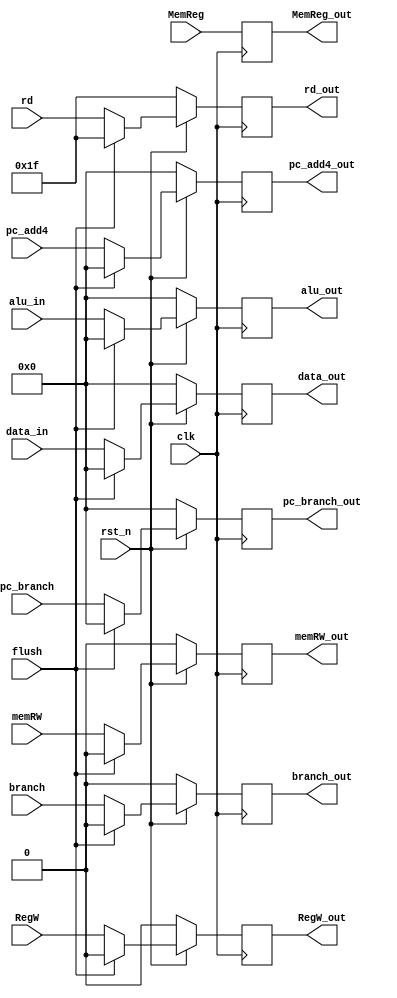
module EX_to_MEM (input clk, rst_n,flush,
                  input [31:0] pc_branch, pc_add4, //calculated pc for branch instruction
                  input [31:0] data_in, // data for store_word instruction
                  input [31:0] alu_in, //result from alu
                  input [4:0] rd,
                  input branch, memRW,
                  input RegW, 
                  input [1:0] MemReg,
                  
                  output reg branch_out, memRW_out,
                  output reg RegW_out, 
                  output reg [1:0] MemReg_out,
                  output reg [4:0] rd_out,
                  output reg [31:0] pc_branch_out, pc_add4_out, //pc of label
                  output reg [31:0] alu_out, //addr for DMEM
                  output reg [31:0] data_out); //data store in DMEM
                  
always @(posedge clk) begin
  if (!rst_n) begin
    branch_out <= 1'b0;
    memRW_out <= 1'b0;
    RegW_out <= 1'b0;
    MemReg_out <= MemReg;
    rd_out <= 5'b11111;
    pc_branch_out <= 32'h00000000;
    pc_add4_out <= 32'h00000000;
    alu_out <= 32'h00000000;
    data_out <= 32'h00000000;
  end 
  else if (flush) begin
     branch_out <= 1'b0;
    memRW_out <= 1'b0;
    RegW_out <= 1'b0;
    MemReg_out <= MemReg;
    rd_out <= 5'b11111;
    pc_branch_out <= 32'h00000000;
    pc_add4_out <= 32'h00000000;
    alu_out <= 32'h00000000;
    data_out <= 32'h00000000;
  end
  else begin
    branch_out <= branch;
    memRW_out <= memRW;
    RegW_out <= RegW;
    MemReg_out <= MemReg;
    rd_out <= rd;
    pc_branch_out <= pc_branch;
    pc_add4_out <= pc_add4;
    alu_out <= alu_in;
    data_out <= data_in;
  end
end
endmodule